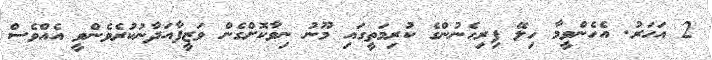
2 އަހަރު. އެހެންވީމާ ހިލޭ ފިރިހެނުންގެ ކުރިމަތީގައި މޫނު ނިވާކޮށްގެން ވަޒީފާއަދާނުކުރެވެންވީ އެއްވެސް